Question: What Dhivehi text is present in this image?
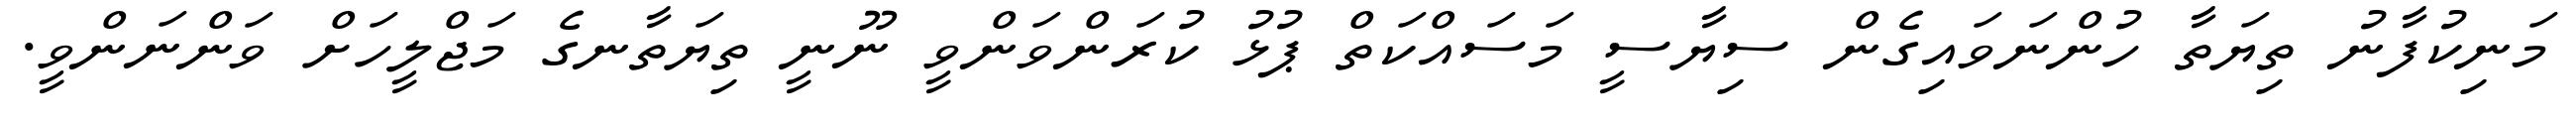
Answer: މަނިކުފާނު ތިޔަތާ ހުންނަވައިގެން ސިޔާސީ މަސައްކަތް ޕުޅު ކުރަންވަންވީ ނޫނީ ތިޔަތާނގެ މަޖްލީހަށް ވަންނަންވީ.